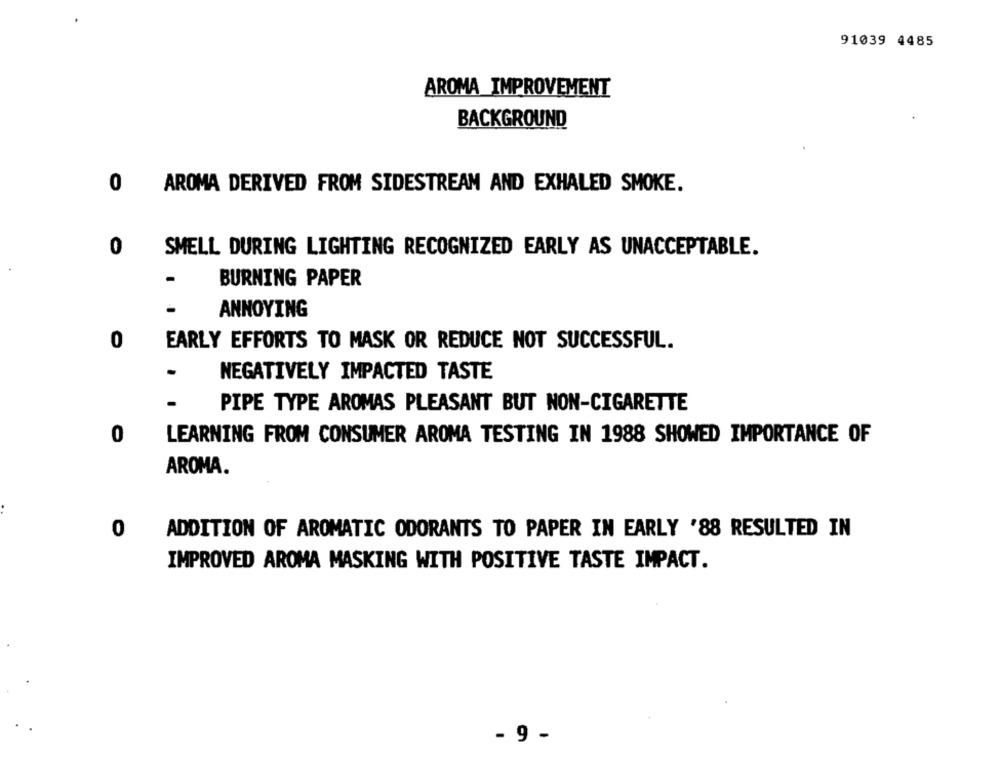
91039 4485
AROMA IMPROVEMENT
BACKGROUND
O AROMA DERIVED FROM SIDESTREAM AND EXHALED SMOKE.
0
SMELL DURING LIGHTING RECOGNIZED EARLY AS UNACCEPTABLE.
-
BURNING PAPER
ANNOYING
0
EARLY EFFORTS TO MASK OR REDUCE NOT SUCCESSFUL.
NEGATIVELY IMPACTED TASTE
PIPE TYPE AROMAS PLEASANT BUT NON-CIGARETTE
0
LEARNING FROM CONSUMER AROMA TESTING IN 1988 SHOWED IMPORTANCE OF
AROMA.
ADDITION OF AROMATIC ODORANTS TO PAPER IN EARLY '88 RESULTED IN
0
IMPROVED AROMA MASKING WITH POSITIVE TASTE IMPACT.
- 9 -